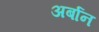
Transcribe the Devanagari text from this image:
अर्बान